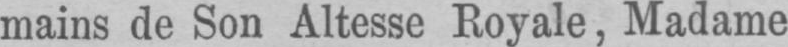
mains de Son Altesse Royale, Madame